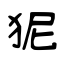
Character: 狔